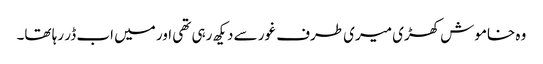
وہ خاموش کھڑی میری طرف غور سے دیکھ رہی تھی اور میں اب ڈر رہا تھا۔